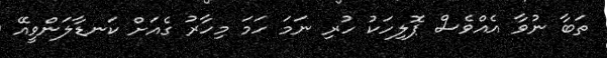
ތަބާ ނުވާ އެއްވެސް ޕޮލިހަކު ހުރި ނަމަ ހަމަ މިހާރު ގެއަށް ކަނޑާލަންވީއޭ